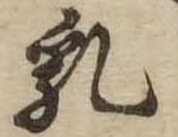
乳